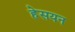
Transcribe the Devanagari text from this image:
हेसयन